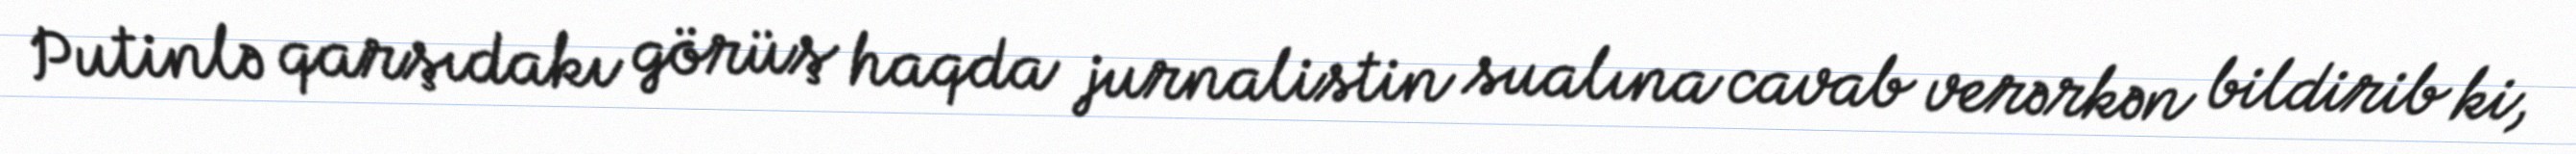
Putinlə qarşıdakı görüş haqda jurnalistin sualına cavab verərkən bildirib ki,